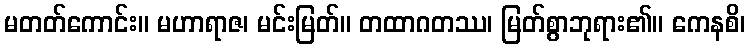
မတတ်ကောင်း။ မဟာရာဇ၊ မင်းမြတ်။ တထာဂတဿ၊ မြတ်စွာဘုရား၏။ ကေနစိ၊